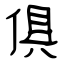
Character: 俱